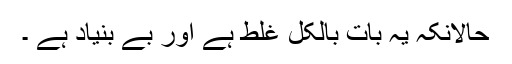
حالانکہ یہ بات بالکل غلط ہے اور بے بنیاد ہے ۔